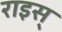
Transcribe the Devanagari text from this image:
राइस्